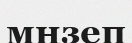
мңзеп